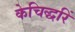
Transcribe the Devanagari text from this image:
केचिद्धरिं